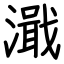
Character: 濈